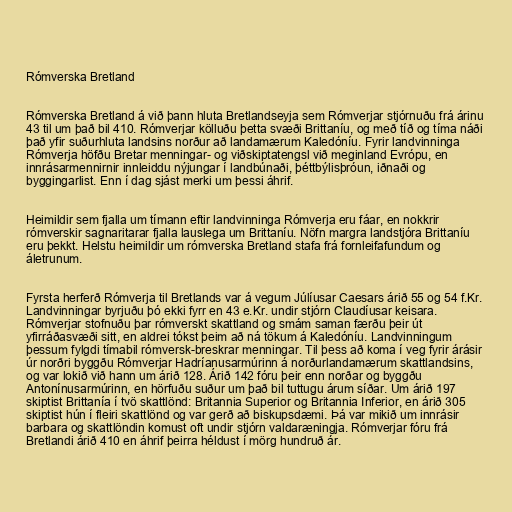
Rómverska Bretland

Rómverska Bretland á við þann hluta Bretlandseyja sem Rómverjar stjórnuðu frá árinu
43 til um það bil 410. Rómverjar kölluðu þetta svæði Brittaníu, og með tíð og tíma náði
það yfir suðurhluta landsins norður að landamærum Kaledóníu. Fyrir landvinninga
Rómverja höfðu Bretar menningar- og viðskiptatengsl við meginland Evrópu, en
innrásarmennirnir innleiddu nýjungar í landbúnaði, þéttbýlisþróun, iðnaði og
byggingarlist. Enn í dag sjást merki um þessi áhrif.

Heimildir sem fjalla um tímann eftir landvinninga Rómverja eru fáar, en nokkrir
rómverskir sagnaritarar fjalla lauslega um Brittaníu. Nöfn margra landstjóra Brittaníu
eru þekkt. Helstu heimildir um rómverska Bretland stafa frá fornleifafundum og
áletrunum.

Fyrsta herferð Rómverja til Bretlands var á vegum Júlíusar Caesars árið 55 og 54 f.Kr.
Landvinningar byrjuðu þó ekki fyrr en 43 e.Kr. undir stjórn Claudíusar keisara.
Rómverjar stofnuðu þar rómverskt skattland og smám saman færðu þeir út
yfirráðasvæði sitt, en aldrei tókst þeim að ná tökum á Kaledóníu. Landvinningum
þessum fylgdi tímabil rómversk-breskrar menningar. Til þess að koma í veg fyrir árásir
úr norðri byggðu Rómverjar Hadríanusarmúrinn á norðurlandamærum skattlandsins,
og var lokið við hann um árið 128. Árið 142 fóru þeir enn norðar og byggðu
Antonínusarmúrinn, en hörfuðu suður um það bil tuttugu árum síðar. Um árið 197
skiptist Brittanía í tvö skattlönd: Britannia Superior og Britannia Inferior, en árið 305
skiptist hún í fleiri skattlönd og var gerð að biskupsdæmi. Þá var mikið um innrásir
barbara og skattlöndin komust oft undir stjórn valdaræningja. Rómverjar fóru frá
Bretlandi árið 410 en áhrif þeirra héldust í mörg hundruð ár.